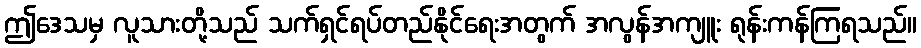
ဤဒေသမှ လူသားတို့သည် သက်ရှင်ရပ်တည်နိုင်ရေးအတွက် အလွန်အကျူး ရုန်းကန်ကြရသည်။